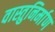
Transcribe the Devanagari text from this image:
वास्तुनिर्माण